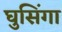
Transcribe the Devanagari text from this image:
घुसिंगा